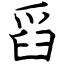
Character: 舀